Report of the Indian Hemp Drugs Commission, 1894-1895 - Volume V
Year: 1894
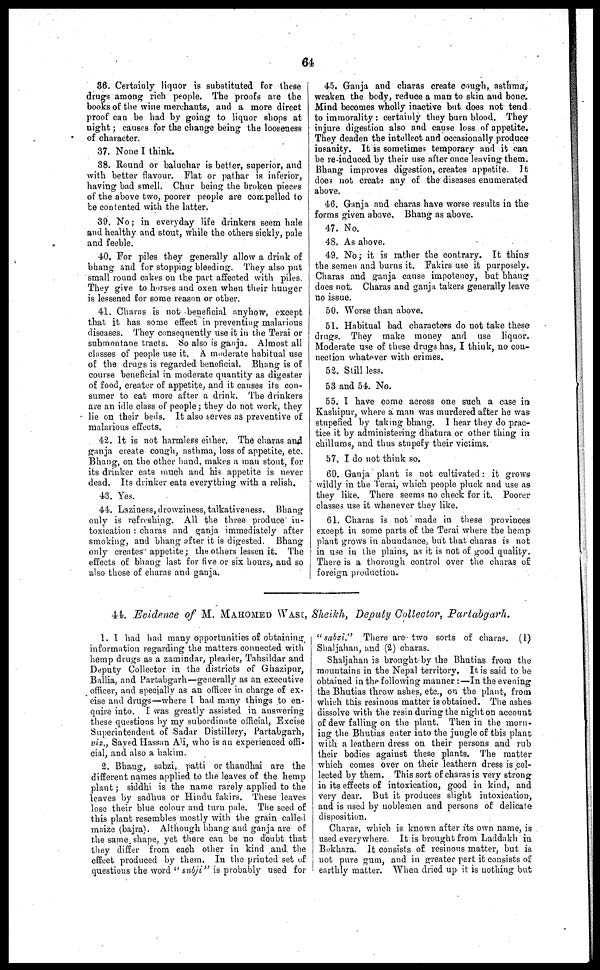
64
36. Certainly liquor is substituted for these
drugs among rich people. The proofs are the
books of the wine merchants, and a more direct
proof can be had by going to liquor shops at
night ; causes for the change being the looseness
of character.
37. None I think.
38. Round or baluchar is better, superior, and
with better flavour. Flat or pathar is inferior,
having bad smell. Chur being the broken pieces
of the above two, poorer people are compelled to
be contented with the latter.
39. No ; in everyday life drinkers seem hale
and healthy and stout, while the others sickly, pale
and feeble.
40. For piles they generally allow a drink of
bhang and for stopping bleeding. They also put
small round cakes on the part affected with piles.
They give to horses and oxen when their hunger
is lessened for some reason or other.
41. Charas is not beneficial anyhow, except
that it has some effect in preventing malarious
diseases. They consequently use it in the Terai or
submontane tracts. So also is ganja. Almost all
classes of people use it. A moderate habitual use
of the drugs is regarded beneficial. Bhang is of
course beneficial in moderate quantity as digester
of food, creater of appetite, and it causes its con-
sumer to eat more after a drink. The drinkers
are an idle class of people ; they do not work, they
lie on their beds. It also serves as preventive of
malarious effects.
42. It is not harmless either. The charas and
ganja create cough, asthma, loss of appetite, etc.
Bhang, on the other hand, makes a man stout, for
its drinker eats much and his appetite is never
dead. Its drinker eats everything with a relish.
43. Yes.
44. Laziness, drowziness, talkativeness. Bhang
only is refreshing. All the three produce in-
toxication : charas and ganja immediately after
smoking, and bhang after it is digested. Bhang
only creates appetite ; the others lessen it. The
effects of bhang last for five or six hours, and so
also those of charas and ganja.
45. Ganja and charas create cough, asthma,
weaken the body, reduce a man to skin and bone.
Mind becomes wholly inactive but does not tend
to immorality : certainly they burn blood. They
injure digestion also and cause loss of appetite.
They deaden the intellect and occasionally produce
insanity. It is sometimes temporary and it can
be re-induced by their use after once leaving them.
Bhang improves digestion, creates appetite. It
does not create any of the diseases enumerated
above.
46. Ganja and charas have worse results in the
forms given above. Bhang as above.
47. No.
48. As above.
49. No ; it is rather the contrary. It thins
the semen and burns it. Fakirs use it purposely.
Charas and ganja cause impotency, but bhang
does not. Charas and ganja takers generally leave
no issue.
50. Worse than above.
51. Habitual bad characters do not take these
drugs. They make money and use liquor.
Moderate use of these drugs has, I think, no con-
nection whatever with crimes.
52. Still less.
53 and 54. No.
55. I have come across one such a case in
Kashipur, where a man was murdered after he was
stupefied by taking bhang. I hear they do prac-
tice it by administering dhatura or other thing in
chillums, and thus stupefy their victims.
57. I do not think so.
60. Ganja plant is not cultivated : it grows
wildly in the Terai, which people pluck and use as
they like. There seems no check for it. Poorer
classes use it whenever they like.
61. Charas is not made in these provinces
except in some parts of the Terai where the hemp
plant grows in abundance, but that charas is not
in use in the plains, as it is not of good quality,
There is a thorough control over the charas of
foreign production.
44. Evidence of M. MAHOMED WAST, Sheikh, Deputy Collector, Partabgarh.
1. I had had many opportunities of obtaining
information regarding the matters connected with
hemp drugs as a zamindar, pleader, Tahsildar and
Deputy Collector in the districts of Ghazipur,
Ballia, and Partabgarh—generally as an executive
officer, and specially as an officer in charge of ex-
cise and drugs—where I bad many things to en-
quire into. I was greatly assisted in answering
these questions by my subordinate official, Excise
Superintendent of Sadar Distillery, Partabgarh,
viz., Saved Hassan Ali, who is an experienced offi-
cial, and also a hakim.
2, Bhang, sabzi, patti or thandhai are the
different names applied to the leaves of the hemp
plant ; siddhi is the name rarely applied to the
leaves by sadbus or Hindu fakirs. These leaves
lose their blue colour and turn pale. The seed of
this plant resembles mostly with the grain called
maize (bajra). Although bhang and ganja are of
the same shape, yet there can be no doubt that
they differ from each other in kind and. the
effect produced by them. In the printed set of
questions the word "subji" is probably used for
"sabzi." There are two sorts of charas. (1)
Shaljahan, and (2) charas.
Shaljahan is brought by the Bhutias from the
mountains in the Nepal territory. It is said to be
obtained in the following manner :—In the evening
the Bhutias throw ashes, etc., on the plant, from
which this resinous matter is obtained. The ashes
dissolve with the resin during the night on account
of dew falling on the plant. Then in the morn-
ing the Bhutias enter into the jungle of this plant
with a leathern dress on their persons and rub
their bodies against these plants. The matter
which comes over on their leathern dress is col-
lected by them. This sort of charas is very strong
in its effects of intoxication, good in kind, and
very dear. But it produces slight intoxication,
and is used by noblemen and persons of delicate
disposition.
Charas, which is known after its own name, is
used every where. It is brought from Laddakh in
Bokhara. It consists of resinous matter, but is
not pure gum, and in greater part it consists of
earthly matter. When dried up it is nothing but